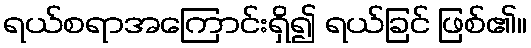
ရယ်စရာအကြောင်းရှိ၍ ရယ်ခြင် ဖြစ်၏။